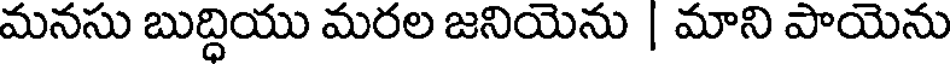
మనసు బుద్దియు మరల జనియెను | మాని పాయెను